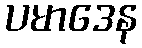
ပမာဒေန